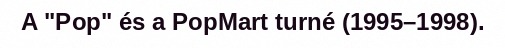
A "Pop" és a PopMart turné (1995–1998).